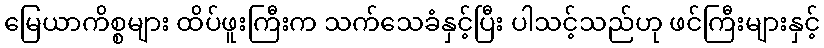
မြေယာကိစ္စများ ထိပ်ဖူးကြီးက သက်သေခံနှင့်ပြီး ပါသင့်သည်ဟု ဖင်ကြီးများနှင့်